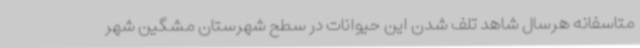
متاسفانه هرسال شاهد تلف شدن این‌ حیوانات در سطح شهرستان مشگین شهر